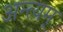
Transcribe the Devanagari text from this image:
अन्त्यम्